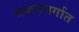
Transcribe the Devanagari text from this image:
वजनवर्गात